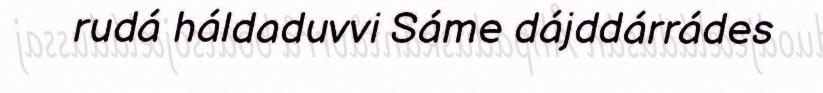
rudá háldaduvvi Sáme dájddárrádes